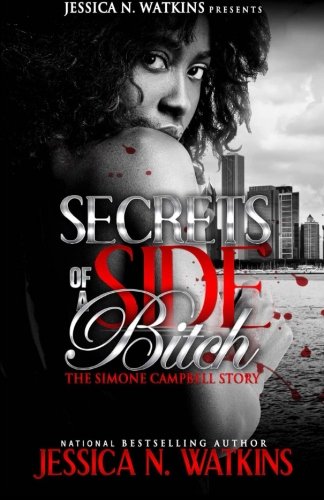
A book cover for The Simone Campbell Story (Secrets of a Side Bitch); Jessica N Watkins; Romance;